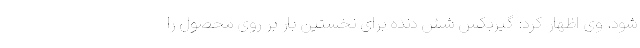
شود. وی اظهار کرد: گیربکس شش دنده برای نخستین بار بر روی محصول را